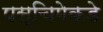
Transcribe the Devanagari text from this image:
पस्चिमेकडे